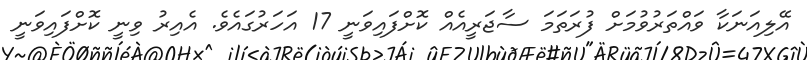
އޭލިއަނަކާ ވައްތަރުވުމަށް ފުރަތަމަ ސާޖަރީއެއް ކޮށްފައިވަނީ 17 އަހަރުގައެވެ. އެއިރު ވިނީ ކޮށްފައިވަނީ